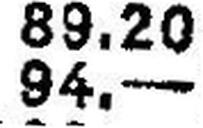
94.—